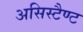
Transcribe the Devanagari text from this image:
असिस्टैण्ट